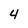
Character: 4